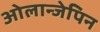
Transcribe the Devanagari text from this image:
ओलान्जेपिन